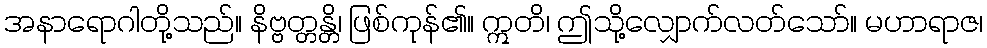
အနာရောဂါတို့သည်။ နိဗ္ဗတ္တန္တိ၊ ဖြစ်ကုန်၏။ ဣတိ၊ ဤသို့လျှောက်လတ်သော်။ မဟာရာဇ၊